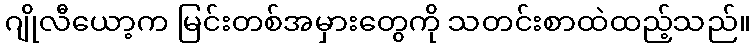
ဂျိုလီယော့က မြင်းတစ်အမှားတွေကို သတင်းစာထဲထည့်သည်။